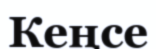
Кеңсе